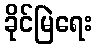
ခိုင်မြဲရေး